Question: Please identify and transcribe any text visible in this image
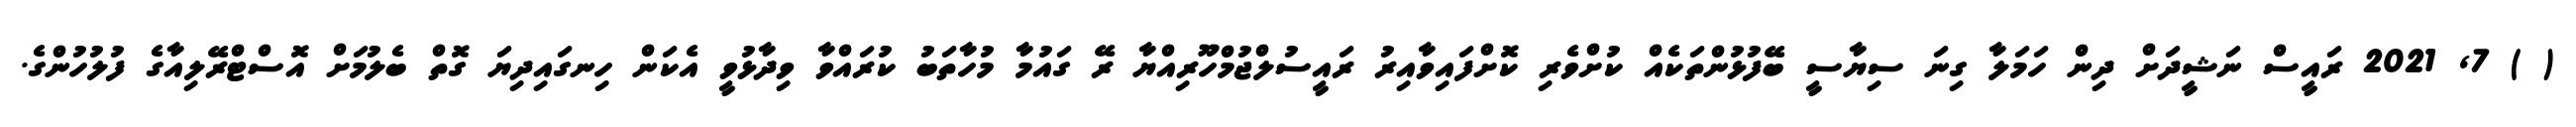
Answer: ( ) 7, 2021 ރައީސް ނަޝީދަށް ދިން ހަމަލާ ގިނަ ސިޔާސީ ބޭފުޅުންތަކެއް ކުށްވެރި ކޮށްފައިވާއިރު ރައީސުލްޖުމްހޫރިއްޔާ ރޭ ގައުމާ މުހާތަބު ކުރައްވާ ވިދާޅުވީ އެކަން ހިނގައިދިޔަ ގޮތް ބެލުމަށް އޮސްޓްރޭލިއާގެ ފުލުހުންގެ.